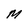
Character: M